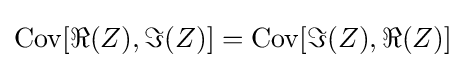
\operatorname {Cov} [\Re {(Z)},\Im {(Z)}]=\operatorname {Cov} [\Im {(Z)},\Re {(Z)}]